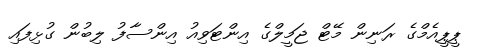
ޕީޕީއެމްގެ ރަނިން މޭޓް ޖަމީލްގެ އިންޓަވިއު އިންސާފު ލިބުން ގުޅިފައި